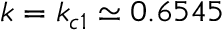
k = k _ { c 1 } \simeq 0 . 6 5 4 5